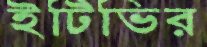
ইটিভির